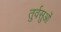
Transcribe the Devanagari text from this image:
तुर्वसुओं